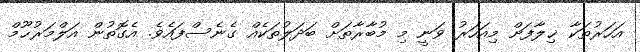
އަހަރުތަކާ ޚިލާފަށް މިއަހަރު ވަނީ މި މުބާރާތަށް ބަދަލުތަކެއް ގެނެސްފައެވެ. އެގޮތުން އަލްމަރުޙޫމް